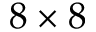
8 \times 8